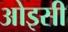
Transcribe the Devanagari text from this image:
ओइसी